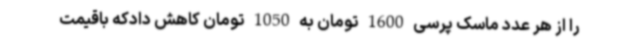
را از هر عدد ماسک پرسی 1600 تومان به 1050 تومان کاهش دادکه باقیمت